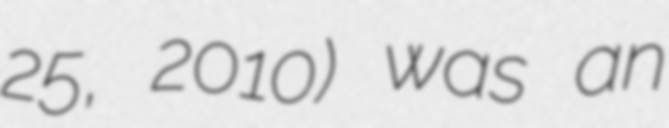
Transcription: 25, 2010) was an